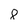
Character: 8